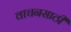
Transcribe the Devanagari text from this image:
वाचनसाठी